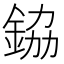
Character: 𮡷